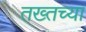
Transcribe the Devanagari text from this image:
तख्तच्या